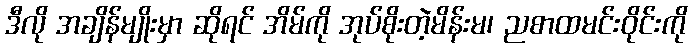
ဒီလို အချိန်မျိုးမှာ ဆိုရင် အိမ်ကို အုပ်စိုးတဲ့မိန်းမ၊ ညစာထမင်းဝိုင်းကို